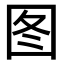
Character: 图